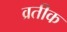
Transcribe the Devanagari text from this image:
व्रतीक